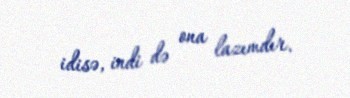
idisə, indi də ona lazımdır.